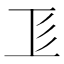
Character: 𢒄